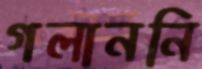
গলাননি